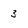
Character: 3